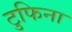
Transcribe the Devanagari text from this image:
टुफिना